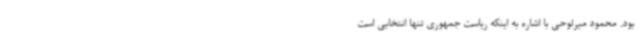
بود. محمود میرلوحی با اشاره به اینکه ریاست جمهوری تنها انتخابی است